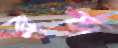
ব্রফ